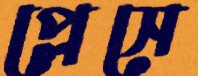
প্লেসে